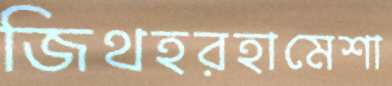
জিথহরহামেশা